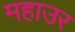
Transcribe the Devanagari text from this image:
महाउर